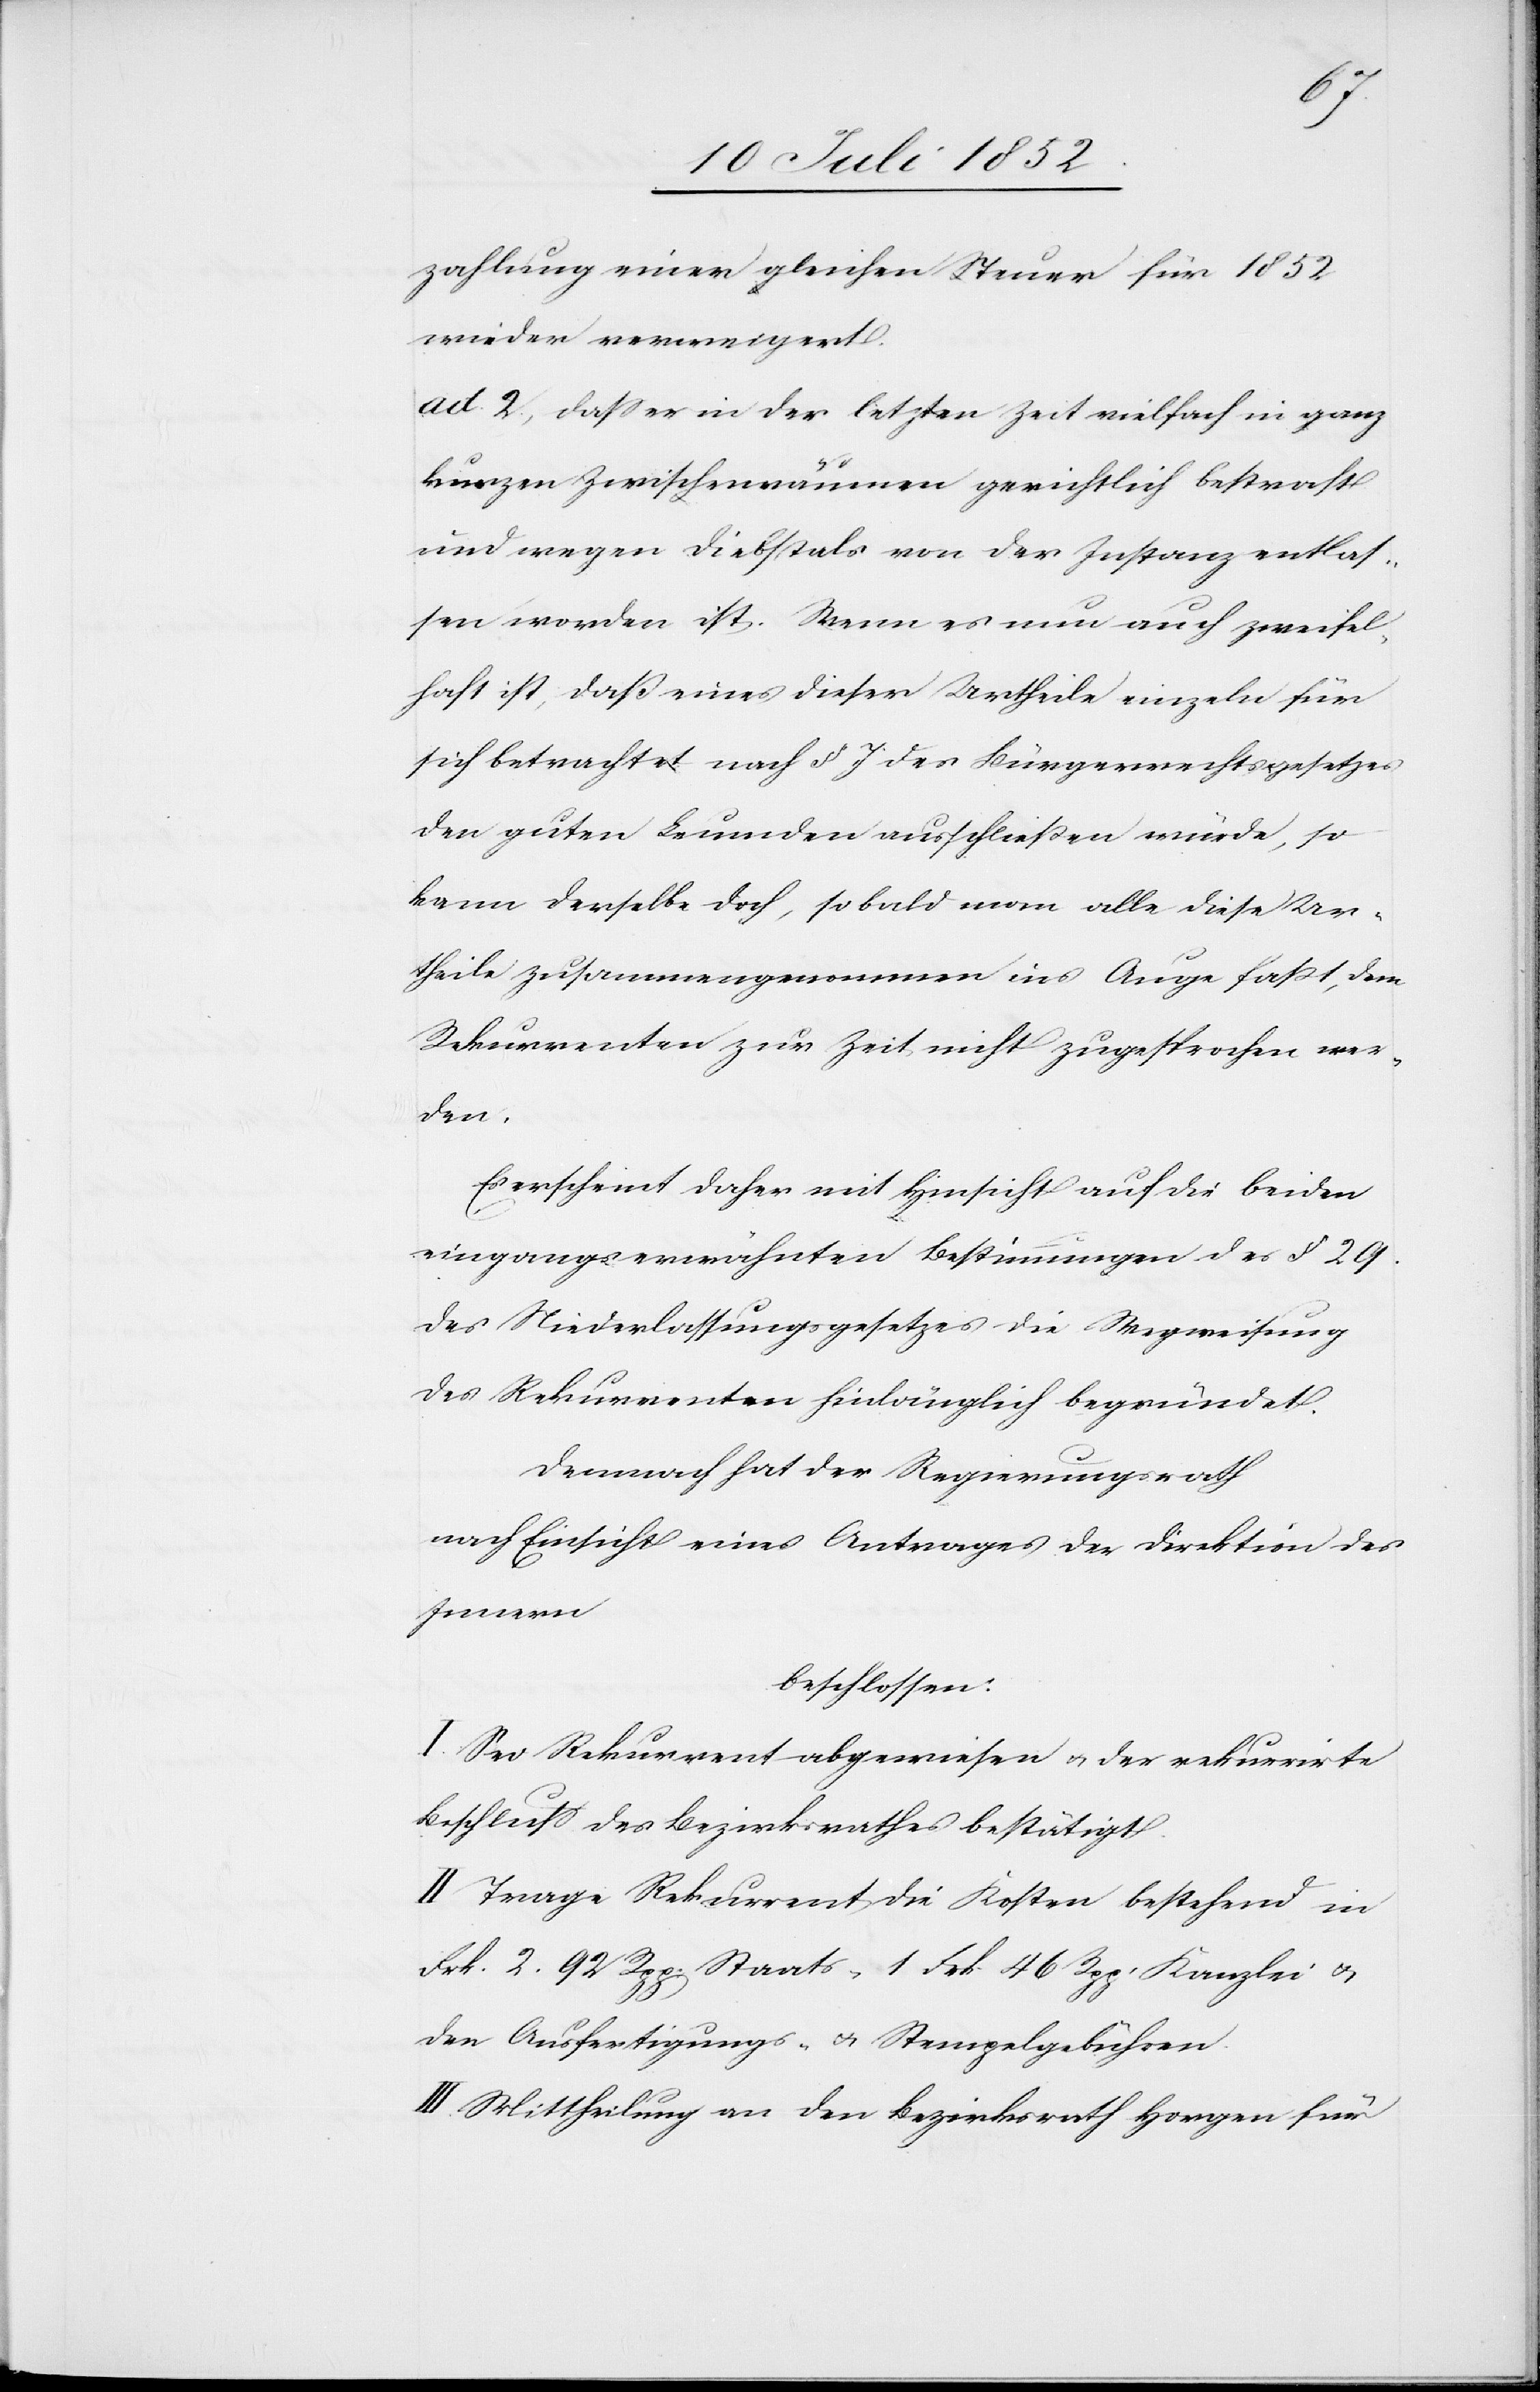
zahlung einer gleichen Steuer für 1852
wieder verweigert.
ad 2., dass er in der letzten Zeit vielfach in ganz
kurzen Zwischenräumen gerichtlich bestraft
und wegen Diebstals von der Instanz entlas¬
sen worden ist. Wenn es nun auch zweifel¬
haft ist, daß eines dieser Urtheile einzeln für
sich betrachtet nach § 7 des Bürgerrechtsgesetzes
den guten Leumden ausschließen würde, so
kann derselbe doch, sobald man alle diese Ur¬
theile zusammengenommen ins Auge faßt, dem
Rekurrenten zur Zeit nicht zugesprochen wer¬
den.
Es erscheint daher mit Hinsicht auf die beiden
eingangserwähnten Bestimmungen des § 29.
des Niederlassungsgesetzes die Wegweisung
des Rekurrenten hinlänglich begründet.
Demnach hat der Regierungsrath
nach Einsicht eines Antrages der Direktion des
Innern
beschlossen:
I. Sei Rekurrent abgewiesen & der rekurrirte
Beschluss des Bezirksrathes bestätigt.
II Trage Rekurrent die Kosten bestehend in
Frk. 2. 92 Rpp: Staats-[,] 1 Frk. 46 Rpp. Kanzlei &
den Ausfertigungs- & Stempelgebühren.
III. Mittheilung an den Bezirksrath Horgen für